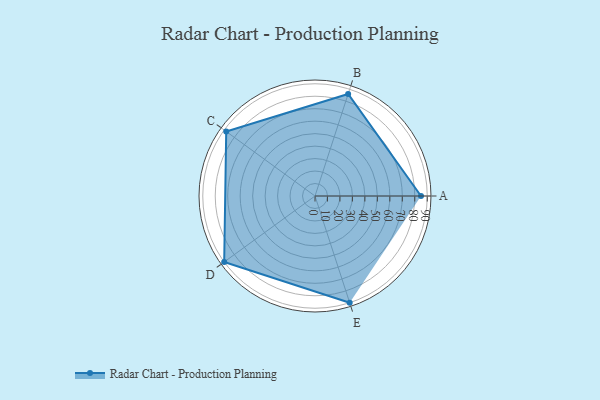
{"axis": {"x": "Skill", "y": "Score"}, "legend": ["Profile"], "data": [{"x": "A", "y": 85.0, "type": "Profile"}, {"x": "B", "y": 86.0, "type": "Profile"}, {"x": "C", "y": 88.0, "type": "Profile"}, {"x": "D", "y": 90.0, "type": "Profile"}, {"x": "E", "y": 90.0, "type": "Profile"}]}